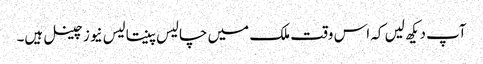
آپ دیکھ لیں کہ اس وقت ملک میں چالیس پینتالیس نیوز چینل ہیں۔